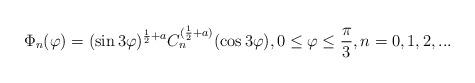
LaTeX: \begin{align*}\Phi _{n}(\varphi ) = (\sin 3\varphi )^{\frac{1}{2} + a}C_{n}^{(\frac{1}{2} + a)}(\cos 3\varphi ), 0\leq \varphi \leq \frac{\pi }{3}, n=0,1,2,... \end{align*}